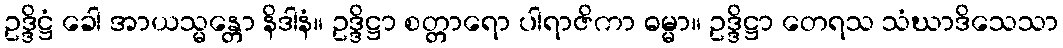
ဥဒ္ဒိဋ္ဌံ ခေါ အာယသ္မန္တော နိဒါနံ။ ဥဒ္ဒိဋ္ဌာ စတ္တာရော ပါရာဇိကာ ဓမ္မာ။ ဥဒ္ဒိဋ္ဌာ တေရသ သံဃာဒိသေသာ